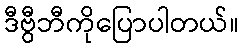
ဒီဗွီဘီကိုပြောပါတယ်။